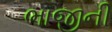
ભાજીની